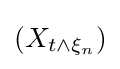
(X_{t\wedge \xi _{n}})